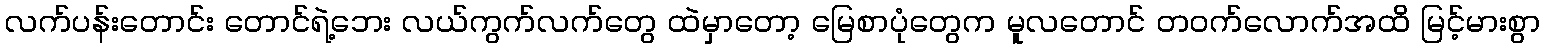
လက်ပန်းတောင်း တောင်ရဲ့ဘေး လယ်ကွက်လက်တွေ ထဲမှာတော့ မြေစာပုံတွေက မူလတောင် တဝက်လောက်အထိ မြင့်မားစွာ